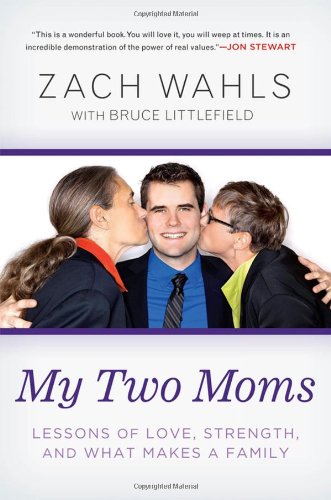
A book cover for My Two Moms: Lessons of Love, Strength, and What Makes a Family; Zach Wahls; Gay & Lesbian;